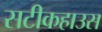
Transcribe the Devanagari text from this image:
सटीकहाउस